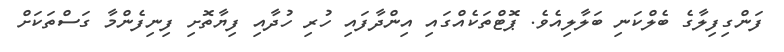
ފަންގިފިލާގެ ބެލްކަނި ބަލާލިއެވެ. ޕޮޓްތަކެއްގައި އިންދާފައި ހުރި ހުދާއި ފިޔާތޮށި ފިނިފެންމާ ގަސްތަކަށް